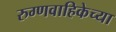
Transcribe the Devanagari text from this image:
रुग्णवाहिकेच्या